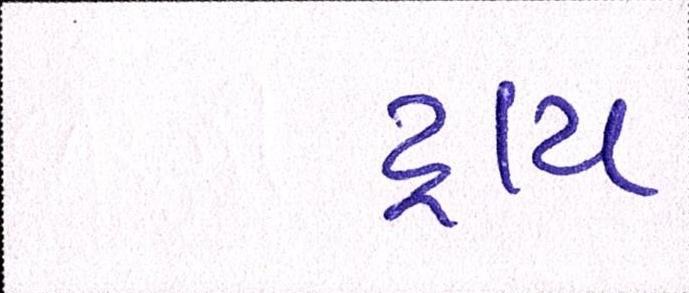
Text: ટ્રાય